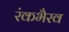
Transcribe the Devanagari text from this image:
रंकभैरव